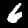
Label: 6